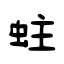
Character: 蛀